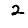
Digit: 2